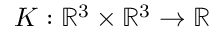
K : \mathbb { R } ^ { 3 } \times \mathbb { R } ^ { 3 } \rightarrow \mathbb { R }